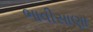
ભાવીસાણા